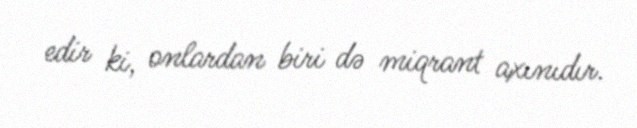
edir ki, onlardan biri də miqrant axınıdır.